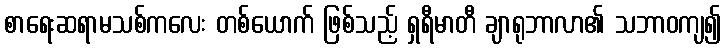
စာရေးဆရာမသစ်ကလေး တစ်ယောက် ဖြစ်သည့် ရှရီမာတီ ချာရုဘာလာ၏ သဘာဝကျ၍